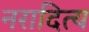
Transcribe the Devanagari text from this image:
नरादित्य